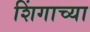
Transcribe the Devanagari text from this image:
शिंगाच्या